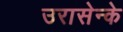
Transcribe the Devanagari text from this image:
उरासेन्के